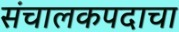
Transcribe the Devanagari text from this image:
संचालकपदाचा